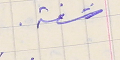
شفة.